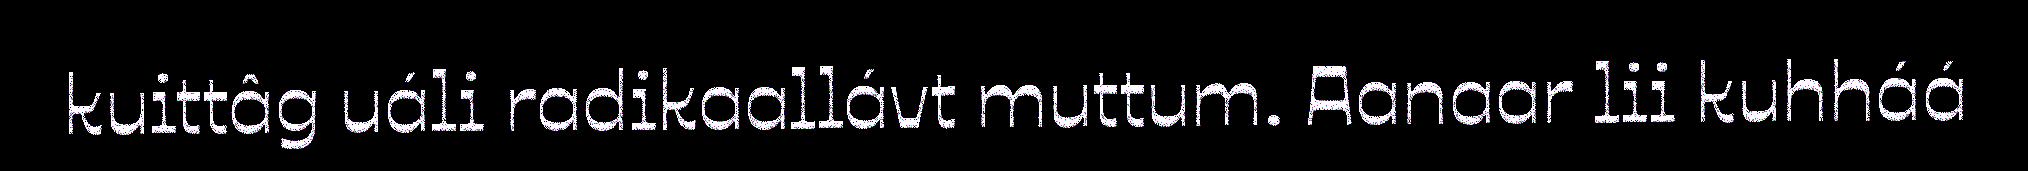
kuittâg uáli radikaallávt muttum. Aanaar lii kuhháá